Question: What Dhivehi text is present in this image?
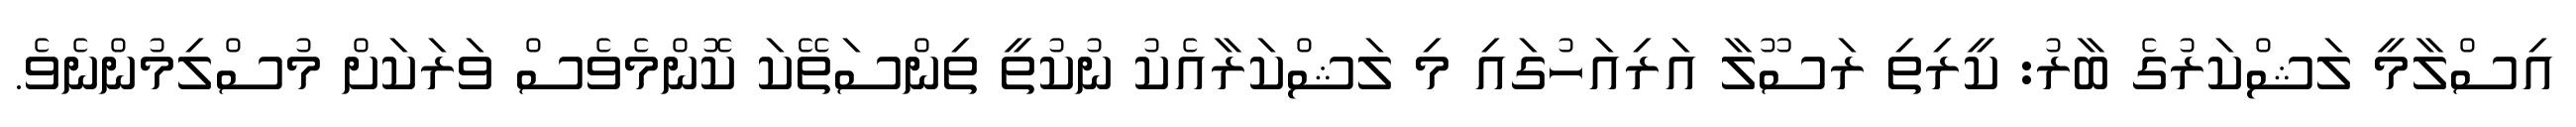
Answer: އިސްލާމީ ލަޝްކަރުގެ ބާރު: ކީރިތި ރަސޫލާ އަރިއަހުގައި މި ލަޝްކަރާއެކު ނުކުތީ ތިންސަތޭކަ ކޮންމެވެސް ވަރަކަށް މުސްލިމުންނެވެ.